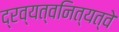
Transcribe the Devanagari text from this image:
द्रव्यत्वनित्यत्वे